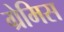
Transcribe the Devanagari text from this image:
ग्रेमिस